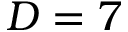
D = 7